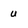
Character: u